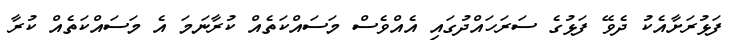
ފަޅުރަށާއެކު ދެވޭ ފަޅުގެ ސަރަހައްދުގައި އެއްވެސް މަސައްކަތެއް ކުރާނަމަ އެ މަސައްކަތެއް ކުރާ